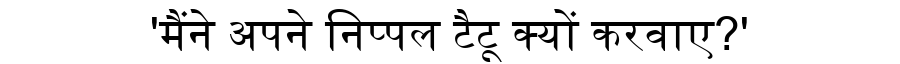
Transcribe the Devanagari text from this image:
'मैंने अपने निप्पल टैटू क्यों करवाए?'